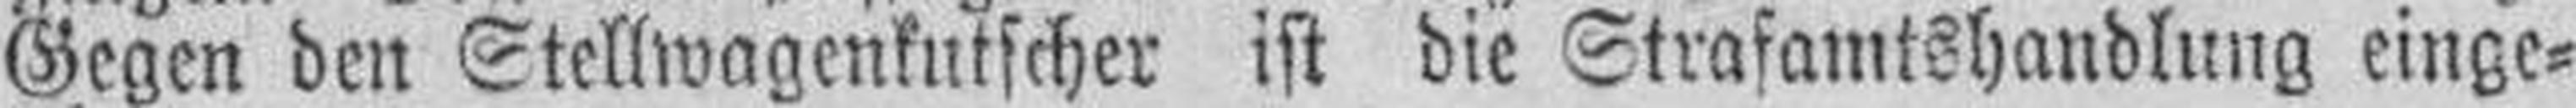
Gegen den Stellwagenkutscher ist die Strafamtshandlung einge¬